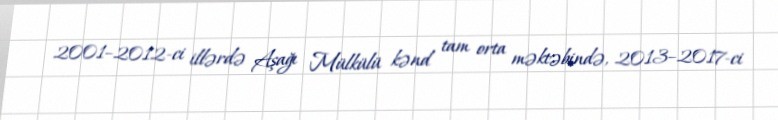
2001–2012-ci illərdə Aşağı Mülkülü kənd tam orta məktəbində, 2013–2017-ci